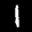
Label: 1